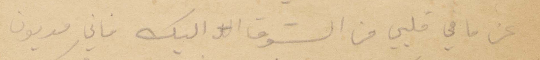
عن ما في قلبي من الشوق اليك فاني مديون